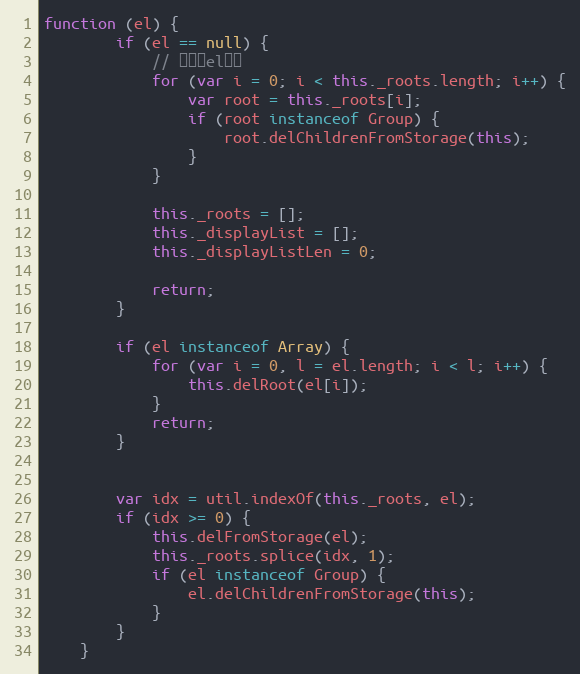
Language: JavaScript
function (el) {
        if (el == null) {
            // 不指定el清空
            for (var i = 0; i < this._roots.length; i++) {
                var root = this._roots[i];
                if (root instanceof Group) {
                    root.delChildrenFromStorage(this);
                }
            }

            this._roots = [];
            this._displayList = [];
            this._displayListLen = 0;

            return;
        }

        if (el instanceof Array) {
            for (var i = 0, l = el.length; i < l; i++) {
                this.delRoot(el[i]);
            }
            return;
        }

        var idx = util.indexOf(this._roots, el);
        if (idx >= 0) {
            this.delFromStorage(el);
            this._roots.splice(idx, 1);
            if (el instanceof Group) {
                el.delChildrenFromStorage(this);
            }
        }
    }